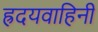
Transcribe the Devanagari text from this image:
ह्रदयवाहिनी